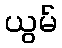
ယွမ်